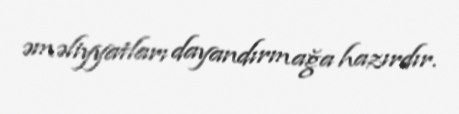
əməliyyatları dayandırmağa hazırdır.